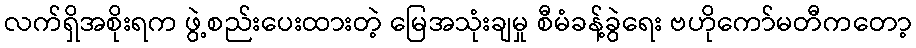
လက်ရှိအစိုးရက ဖွဲ့စည်းပေးထားတဲ့ မြေအသုံးချမှု စီမံခန့်ခွဲရေး ဗဟိုကော်မတီကတော့